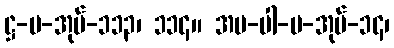
ဋ္ဌ-ပ-အုပ်-၁၁၃၊ ၁၁၄။ အပ-ပါ-ပ-အုပ်-၁၄၊